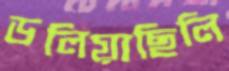
ডলিয়াছিলি